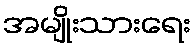
အမျိုးသားရေး